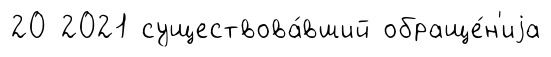
20 2021 существова́вший обраще́н'иjа